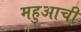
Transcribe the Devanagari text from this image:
महुआची